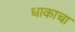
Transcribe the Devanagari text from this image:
धाकाचा